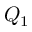
Q _ { 1 }